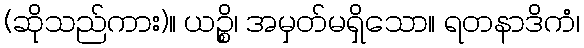
(ဆိုသည်ကား)။ ယဉ္စိ၊ အမှတ်မရှိသော။ ရတနာဒိကံ၊